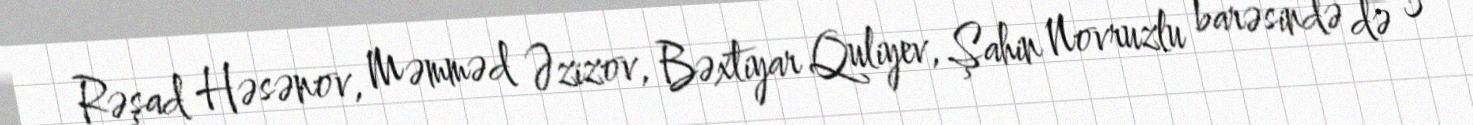
Rəşad Həsənov, Məmməd Əzizov, Bəxtiyar Quliyev, Şahin Novruzlu barəsində də 3